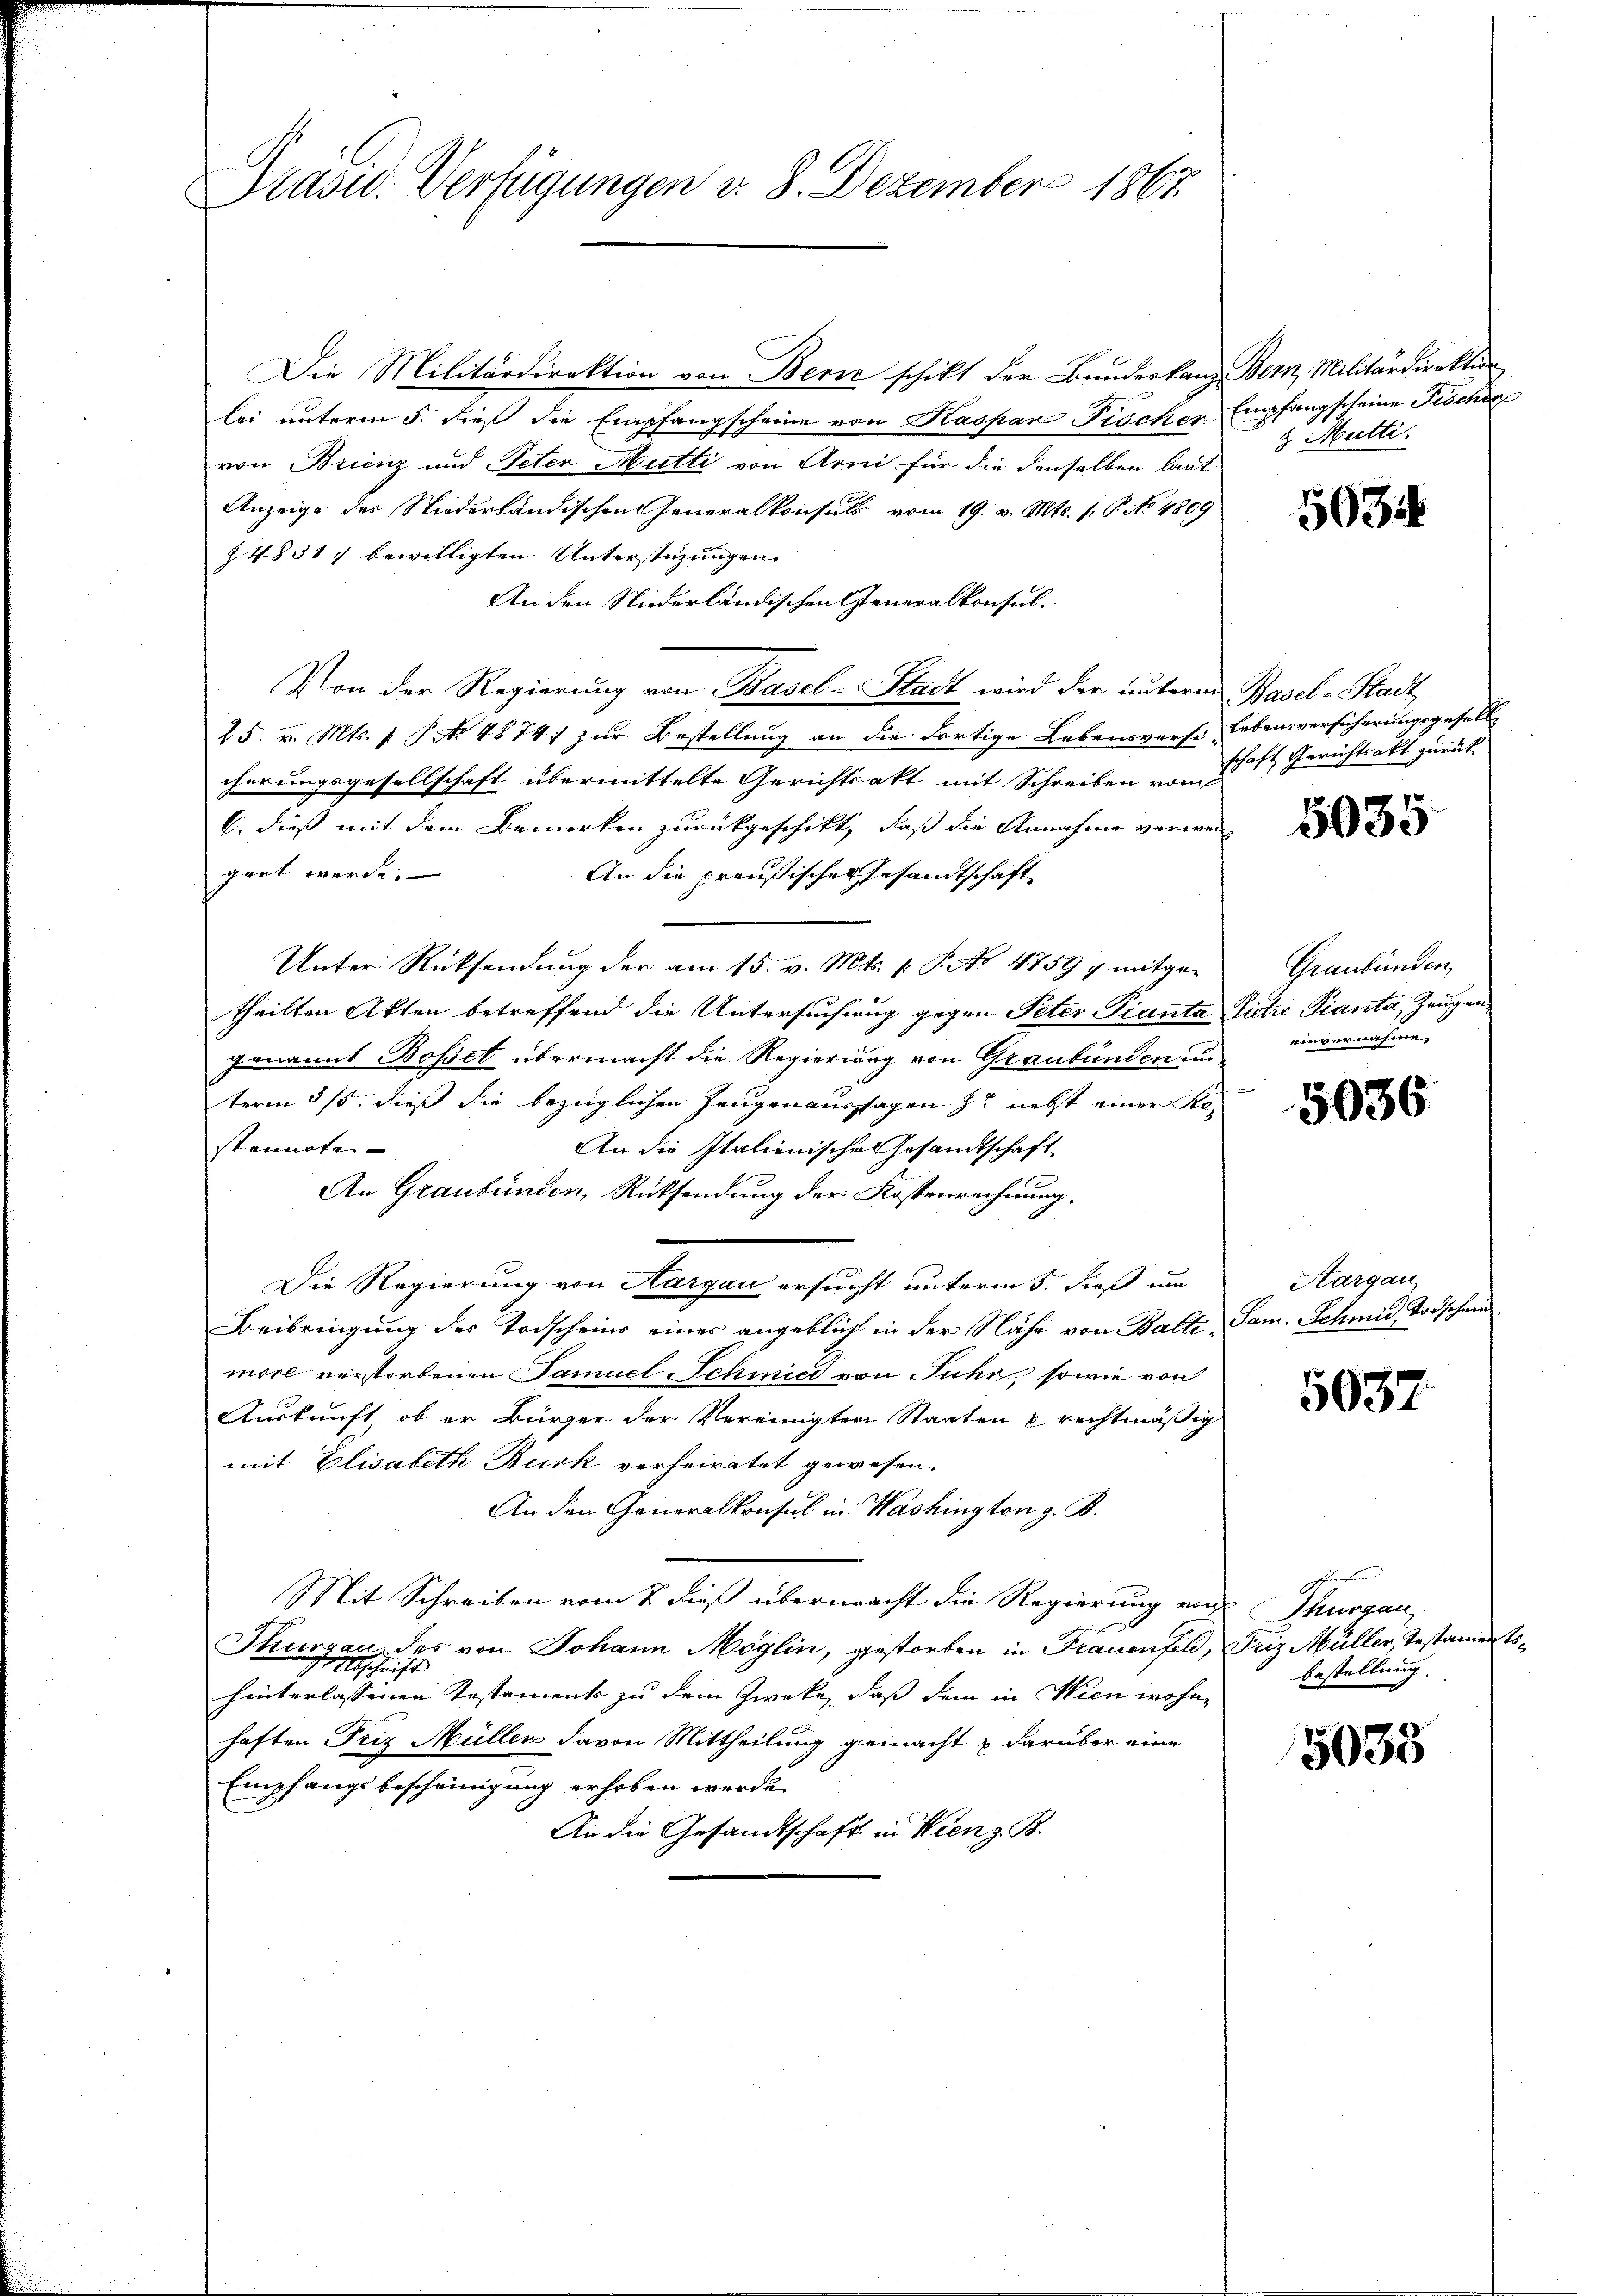
Prasid. Verfügungen d. 8. Dezember 1867.

Die Militärdirektion von Bern schikt der Bundeskanz Bern, Militärdirektion
lei unterm 5. dies die Empfangscheine von Kaspar Fischer Empfangscheine Fischer
von Brienz und Peter Mutti von Arni für die denselben laut
Anzeige des Niederländischen Generalkonsuls vom 19. v. Mts. 1. P. No 4809
Z. 48517 bewilligten Unterstüzungen
An den Niederländischen Generalkonsul¬
Von der Regierung von Basel-Stadt wird der unterm Basel-Stadt
25. v. Mts. 1 P. No 48741 zur Bestellung an die dortige Lebensversi Lebensversicherungsgesell
cherungsgesellschaft übermittelte Gerichtsakt mit Schreiben vom
b. dieß mit dem Bemerken zurückgeschikt, daß die Annahme verwei
pert werde.
An die preußischen Gesandtschaft
Unter Rücksendung der am 15. v. Mts. 1. P. Nr. 4759 7 mitgetheilten Akten betreffend die Untersuchung gegen Peter Pianta Pictis Pianta, Zeugengenannt Bosset übermacht die Regierung von Graubünden und
term 5/5. dieß die bezüglichen Zeugenaussagen zu nebst einer Kostaunte
An die Italienisches Gesandtschaft
An Graubünden, Rütsendung der Kostenrechnung,
Die Regierung von Aargau ersucht unterm 5. dieß um
Beibringung des Todscheins eines angeblich in der Nähe von Balte, Sam. Schmid, Todschein
more verstorbenen Samuel Schmied von Fuhr, sowie von
Auskunft, ob er Bürger der Vereinigten Staaten & rechtmäßig
mit Elisabeth Burk verheiratet gewesen.
An den Generalkonsul in Washington z. B.
Mit Schreiben vom 7. dieß übermacht die Regierung von Thurgau,
Thurgau, des von Johann Möglin, gestorben in Frauenfeld, Friz Müller, Testaments¬
Abschrift
hinterlassenen Testaments zu dem Zwecke, daß dem in Wien wohne
haften Friz Müller davon Mittheilung gemacht & darüber eine
Empfangsbescheinigung erhoben werde.
An die Gesandtschaft in Wien z. B.

Mutti.

5034

schaft Gerichtsakt zurück.

5035

Graubünden,
einvernahme,

5036

Hargau,

5037

bestellung.

5033